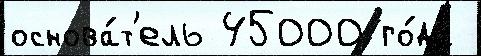
основа́т'ель 45000 го́да